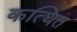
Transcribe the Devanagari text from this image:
कत्थित